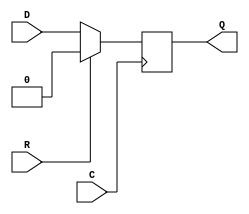
// $Header: /devl/xcs/repo/env/Databases/CAEInterfaces/xec_libs/data/unisims/FDR_1.v,v 1.1 2005/05/10 01:20:03 wloo Exp $

/*

FUNCTION	: D-FLIP-FLOP with sync reset

*/

`celldefine
`timescale  100 ps / 10 ps

module FDR_1 (Q, C, D, R);

    parameter INIT = 1'b0;

    output Q;
    reg    Q;

    input  C, D, R;

	always @(negedge C)
	    if (R)
		Q <= 0;
	    else
		Q <= D;

endmodule